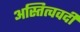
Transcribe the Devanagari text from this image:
अस्तित्ववदी